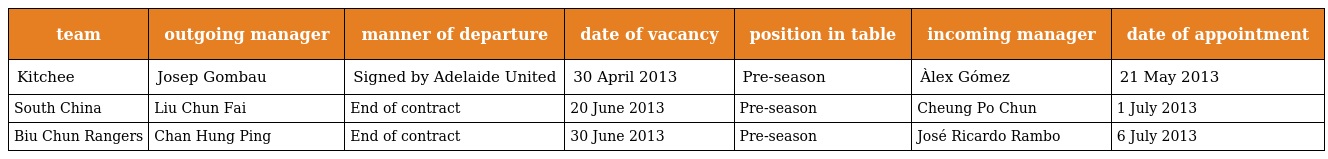
| team | outgoing manager | manner of departure | date of vacancy | position in table | incoming manager | date of appointment |
 | --- | --- | --- | --- | --- | --- | --- |
 | Kitchee | Josep Gombau | Signed by Adelaide United | 30 April 2013 | Pre-season | Àlex Gómez | 21 May 2013 |
 | South China | Liu Chun Fai | End of contract | 20 June 2013 | Pre-season | Cheung Po Chun | 1 July 2013 |
 | Biu Chun Rangers | Chan Hung Ping | End of contract | 30 June 2013 | Pre-season | José Ricardo Rambo | 6 July 2013 |